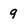
Character: 9